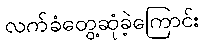
လက်ခံတွေ့ဆုံခဲ့ကြောင်း